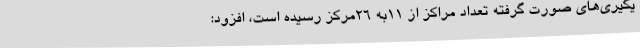
یگیری‌های صورت گرفته تعداد مراکز از 11به 26مرکز رسیده است، افزود: